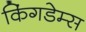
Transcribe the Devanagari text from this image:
किंगडेम्स